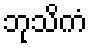
ဘုသိကံ